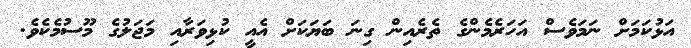
އަޅުކަމަށް ނަމަވެސް އަހަރެމެންގެ ތެރެއިން ގިނަ ބަޔަކަށް އެއީ ކުޅިވަރާއި މަޖަލުގެ މޫސުމެކެވެ.